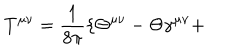
T ^ { \mu \nu } = \frac { 1 } { 8 \pi } \{ \Theta ^ { \mu \nu } - \Theta \gamma ^ { \mu \nu } +